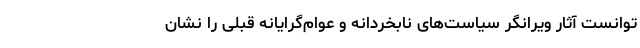
توانست آثار ویرانگر سیاست‌های نابخردانه و عوام‌گرایانه قبلی را نشان